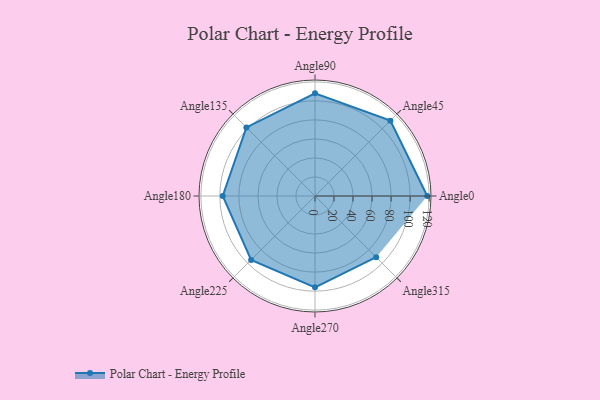
{"axis": {"x": "Angle", "y": "Radius"}, "legend": [""], "data": [{"x": "Angle0", "y": 118.0, "type": ""}, {"x": "Angle45", "y": 112.0, "type": ""}, {"x": "Angle90", "y": 108.0, "type": ""}, {"x": "Angle135", "y": 102.0, "type": ""}, {"x": "Angle180", "y": 97.0, "type": ""}, {"x": "Angle225", "y": 95.0, "type": ""}, {"x": "Angle270", "y": 96.0, "type": ""}, {"x": "Angle315", "y": 91.0, "type": ""}]}